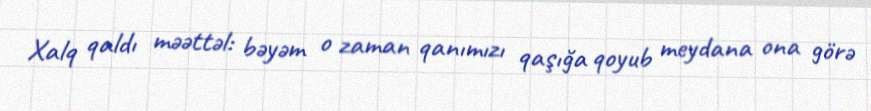
Xalq qaldı məəttəl: bəyəm o zaman qanımızı qaşığa qoyub meydana ona görə